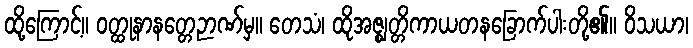
ထို့ကြောင့်။ ဝတ္ထုနာနတ္တေဉာဏ်မှ။ တေသံ၊ ထိုအဇ္ဈတ္တိကာယတနခြောက်ပါးတို့၏။ ဝိသယာ၊